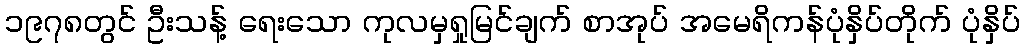
၁၉၇၈တွင် ဦးသန့် ရေးသော ကုလမှရှုမြင်ချက် စာအုပ် အမေရိကန်ပုံနှိပ်တိုက် ပုံနှိပ်